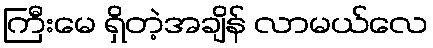
ကြီးမေ ရှိတဲ့အချိန် လာမယ်လေ